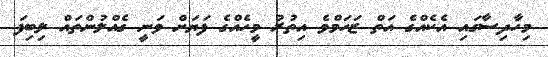
މިހާދިސާގައި އެކެއްގެ އަތް ޒަހަމްވެ އިތުރު މީހެއްގެ ފަޔަށް ވަނީ ގެއްލުންތައް ލިބިފަ